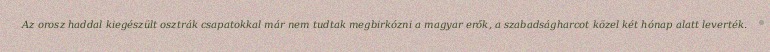
Az orosz haddal kiegészült osztrák csapatokkal már nem tudtak megbirkózni a magyar erők, a szabadságharcot közel két hónap alatt leverték.